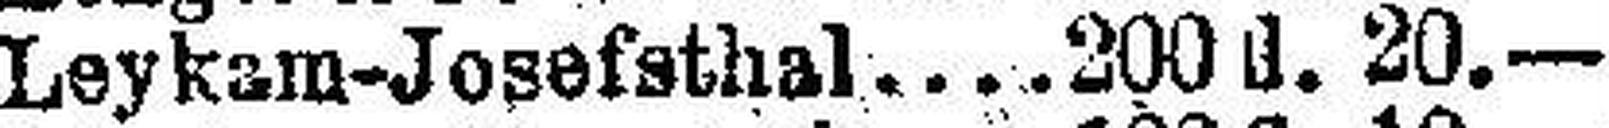
Leykam-Josefsthal 200 fl. 20.—